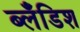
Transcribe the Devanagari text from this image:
ब्लँडिश